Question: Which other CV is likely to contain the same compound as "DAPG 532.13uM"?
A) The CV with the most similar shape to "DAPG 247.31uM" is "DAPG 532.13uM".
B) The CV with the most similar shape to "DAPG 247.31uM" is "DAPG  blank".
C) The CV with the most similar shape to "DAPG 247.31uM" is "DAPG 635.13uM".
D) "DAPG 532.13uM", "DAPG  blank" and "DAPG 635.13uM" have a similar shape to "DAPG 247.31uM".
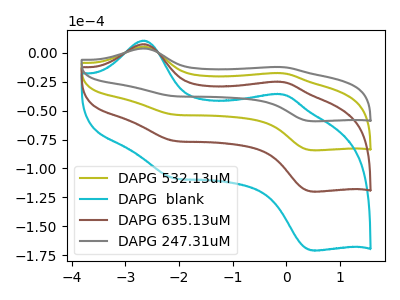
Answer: <think>The olive curve "DAPG 532.13uM" has anodic peaks at (-2.70V, 5.10uA) (-0.05V, -17.75uA) and cathodic peaks at (-2.10V, -53.50uA) (0.50V, -84.30uA). The cyan curve "DAPG  blank" has anodic peaks at (-2.70V, 15.25uA) (-0.05V, -53.30uA) and cathodic peaks at (-2.10V, -160.50uA) (0.50V, -252.85uA). The brown curve "DAPG 635.13uM" has anodic peaks at (-2.70V, 10.20uA) (-0.05V, -35.55uA) and cathodic peaks at (-2.10V, -107.00uA) (0.50V, -168.60uA). The gray curve "DAPG 247.31uM" has anodic peaks at (-2.70V, 3.60uA) (-0.05V, -12.50uA) and cathodic peaks at (-2.10V, -37.60uA) (0.50V, -59.25uA).
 All the peaks in "DAPG 532.13uM" have a peak in "DAPG  blank" at the same potential. All the peaks in "DAPG 532.13uM" have a peak in "DAPG 635.13uM" at the same potential. All the peaks in "DAPG 532.13uM" have a peak in "DAPG 247.31uM" at the same potential. All the peaks in "DAPG  blank" have a peak in "DAPG 635.13uM" at the same potential. All the peaks in "DAPG  blank" have a peak in "DAPG 247.31uM" at the same potential. All the peaks in "DAPG 635.13uM" have a peak in "DAPG 247.31uM" at the same potential.</think>
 <answer>D) "DAPG 532.13uM", "DAPG  blank" and "DAPG 635.13uM" have a similar shape to "DAPG 247.31uM".</answer>
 <eval>D</eval>